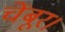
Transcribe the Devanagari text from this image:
चेंबूर।